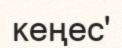
кеңес'